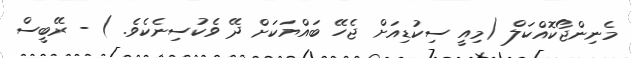
މެނިންޖޯކޮއްކަލް (މިއީ ސިކުޑިއަށް ޖެހޭ ބައްޔަކަށް ދޭ ވެކުސިނެކެވެ. ) - ރޭބީސް